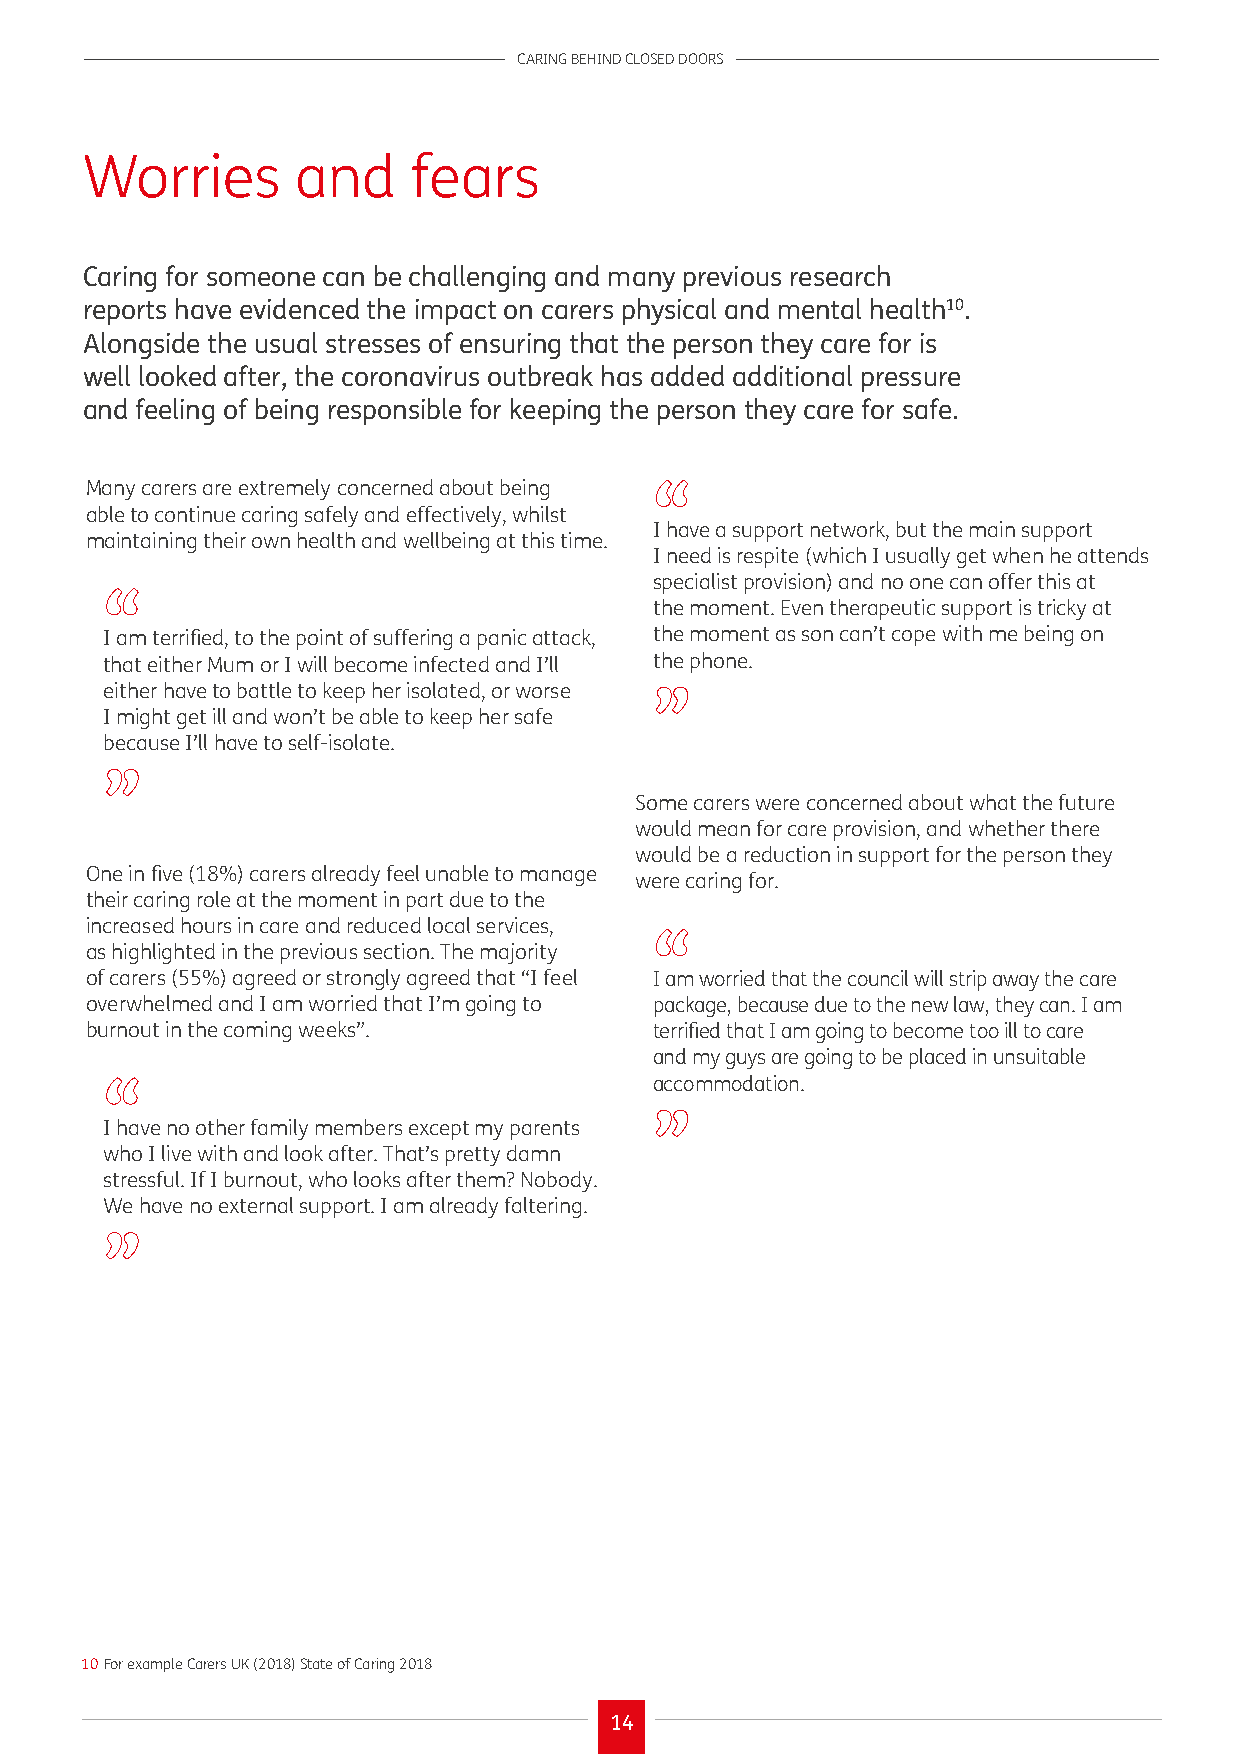
CARING BEHIND CLOSED DOORS
 Worries        and    fears
 Caring for someone can be challenging and many previous research
 reports have evidenced the impact on carers physical and mental health10.
 Alongside the usual stresses of ensuring that the person they care for is
 well looked after, the coronavirus outbreak has added additional pressure
 and feeling of being responsible for keeping the person they care for safe.
 Many carers are extremely concerned about being “
 able to continue caring safely and effectively, whilst
 I have a support network, but the main support
 maintaining their own health and wellbeing at this time.
 I need is respite (which I usually get when he attends
 specialist provision) and no one can offer this at
 “
 the moment. Even therapeutic support is tricky at
 I am terrified, to the point of suffering a panic attack, the moment as son can’t cope with me being on
 that either Mum or I will become infected and I’ll the phone.
 either have to battle to keep her isolated, or worse
 ”
 I might get ill and won’t be able to keep her safe
 because I’ll have to self-isolate.
 ”
 Some carers were concerned about what the future
 would mean for care provision, and whether there
 would be a reduction in support for the person they
 One in five (18%) carers already feel unable to manage
 were caring for.
 their caring role at the moment in part due to the
 increased hours in care and reduced local services,
 “
 as highlighted in the previous section. The majority
 of carers (55%) agreed or strongly agreed that “I feel I am worried that the council will strip away the care
 overwhelmed and I am worried that I’m going to package, because due to the new law, they can. I am
 burnout in the coming weeks”.        terrified that I am going to become too ill to care
 and my guys are going to be placed in unsuitable
 accommodation.
 “
 I have no other family members except my parents ”
 who I live with and look after. That’s pretty damn
 stressful. If I burnout, who looks after them? Nobody.
 We have no external support. I am already faltering.
 ”
 10 For example Carers UK (2018) State of Caring 2018
 14